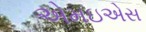
એમઇએસ